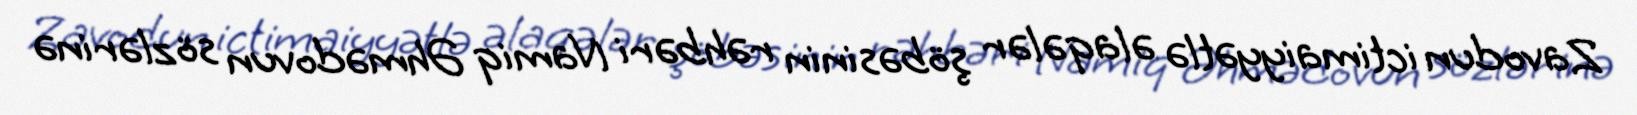
Zavodun ictimaiyyətlə əlaqələr şöbəsinin rəhbəri Namiq Əhmədovun sözlərinə